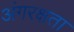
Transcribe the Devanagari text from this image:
अंगरक्षता